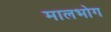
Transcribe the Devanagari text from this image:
मालभोग